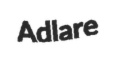
Adlare